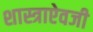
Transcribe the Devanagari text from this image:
शास्त्राऐवजी